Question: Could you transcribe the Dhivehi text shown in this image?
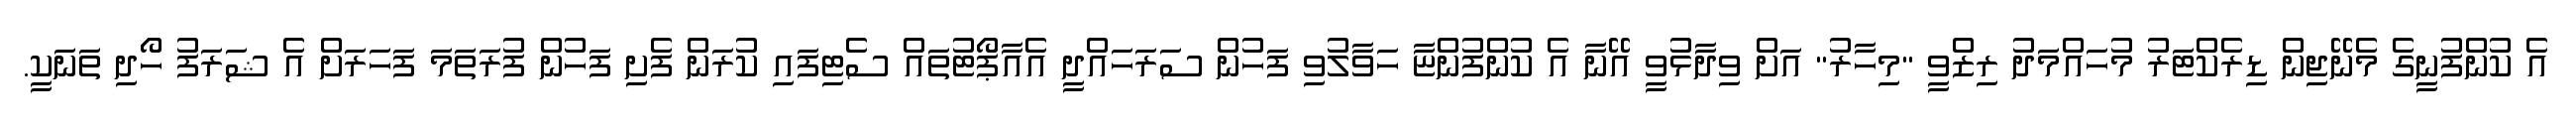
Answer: އެ ކުންފުނީގެ މެނޭޖިން ޑިރެކްޓަރު މުހައްމަދު ރިޒްވީ "މިހާރު" އަށް ވިދާޅުވީ އޭނާ އެ ކުންފުންޏާ ހަވާލުވި ފަހުން ސަރަހައްދީ އެއާޕޯޓުތައް ސެޓިފައި ކުރަން ފެށި ފަހުން ފުރަތަމަ ފަހަރަށް އެ ޝަރަފު ހޯދި ތަނަކީ.